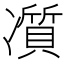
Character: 𠘖